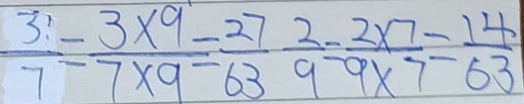
\frac { 3 } { 7 } = \frac { 3 \times 9 } { 7 \times 9 } = \frac { 2 7 } { 6 3 } \frac { 2 } { 9 } = \frac { 2 \times 7 } { 9 \times 7 } = \frac { 1 4 } { 6 3 }